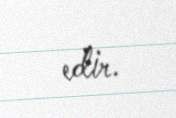
edir.